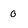
Character: 0